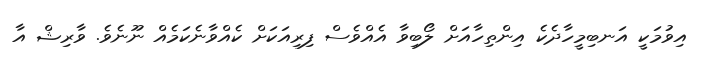
އިވުމަކީ އަނބިމީހާދެކެ އިންތިހާއަށް ލޯބިވާ އެއްވެސް ފިރިއަކަށް ކެއްވާނެކަމެއް ނޫނެވެ. ވާރިޝް އާ